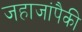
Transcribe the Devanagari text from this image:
जहाजांपैकी